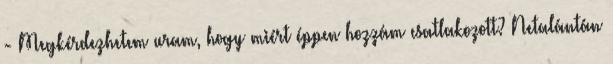
- Megkérdezhetem uram, hogy miért éppen hozzám csatlakozott? Netalántán